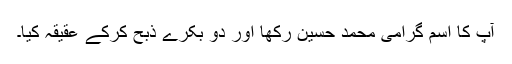
آپ کا اسم گرامی محمد حسین رکھا اور دو بکرے ذبح کرکے عقیقہ کیا۔